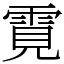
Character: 䨘